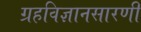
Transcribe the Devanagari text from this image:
ग्रहविज्ञानसारणी